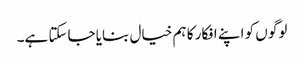
لوگو ں کو اپنے افکار کا ہم خیال بنایا جاسکتا ہے۔